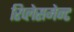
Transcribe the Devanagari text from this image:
रिप्लेसमेन्ट